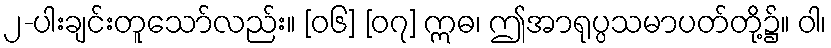
၂-ပါးချင်းတူသော်လည်း။ [၀၆] [၀၇] ဣဓ၊ ဤအာရုပ္ပသမာပတ်တို့၌။ ဝါ၊